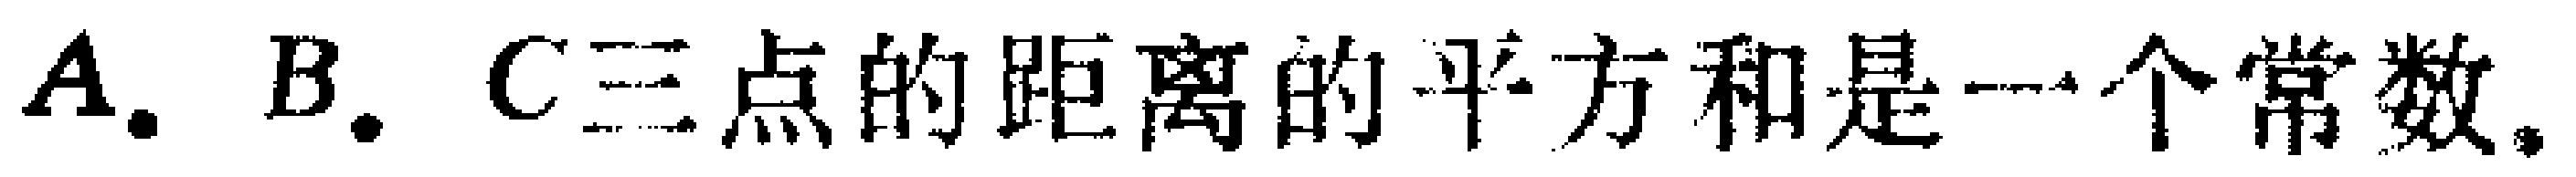
$A.$ $B.$ $C$三点的距离的平方和是一个常数.